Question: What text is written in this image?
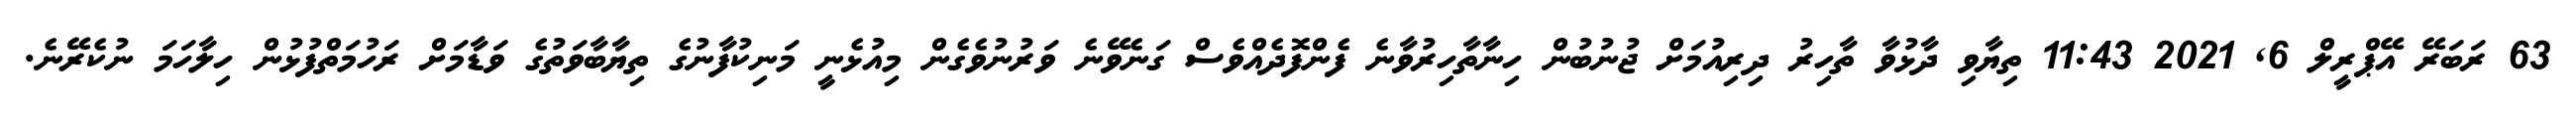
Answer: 63 ރަބަރޭ އޭޕްރީލް 6, 2021 11:43 ތިޔާވި ދާޅުވާ ތާހިރު ދިރިއުމަށް ޖުނުބުން ހިނާތާހިރުވާނެ ފެންފޮދެއްވެސް ގަނެވޭނެ ވަރުނުވެގެން މިއުޅެނީ މަނިކުފާނުގެ ތިޔާބާވަތުގެ ވަޑާމަށް ރަހުމަތްފުޅުން ހިލާހަމަ ނުކެރޭނެ.